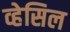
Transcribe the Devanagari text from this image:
व्हेसिल